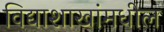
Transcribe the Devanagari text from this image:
विद्याशाखांमधील